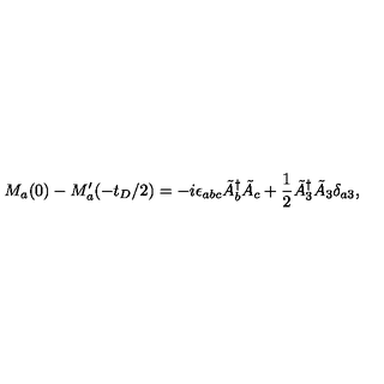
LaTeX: M _ { a } ( 0 ) - M _ { a } ^ { \prime } ( - t _ { D } / 2 ) = - i \epsilon _ { a b c } \tilde { A } _ { b } ^ { \dagger } \tilde { A } _ { c } + \frac { 1 } { 2 } \tilde { A } _ { 3 } ^ { \dagger } \tilde { A } _ { 3 } \delta _ { a 3 } ,